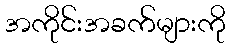
အကိုင်းအခက်များကို